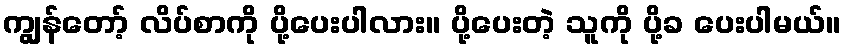
ကျွန်တော့် လိပ်စာကို ပို့ပေးပါလား။ ပို့ပေးတဲ့ သူကို ပို့ခ ပေးပါမယ်။